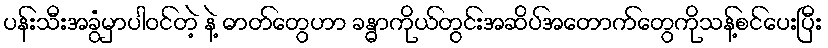
ပန်းသီးအခွံမှာပါဝင်တဲ့ နဲ့ ဓာတ်တွေဟာ ခန္ဓာကိုယ်တွင်းအဆိပ်အတောက်တွေကိုသန့်စင်ပေးပြီး